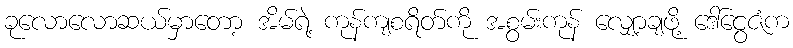
ခုလောလောဆယ်မှာတော့ အိမ်ရဲ့ ကုန်ကျစရိတ်ကို အစွမ်းကုန် လျှော့ချဖို့ ဒေါ်ငွေဇံက